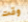
وقت